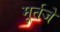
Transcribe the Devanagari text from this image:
मूर्तजे